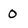
Character: 0